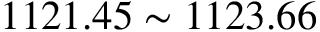
1 1 2 1 . 4 5 \sim 1 1 2 3 . 6 6